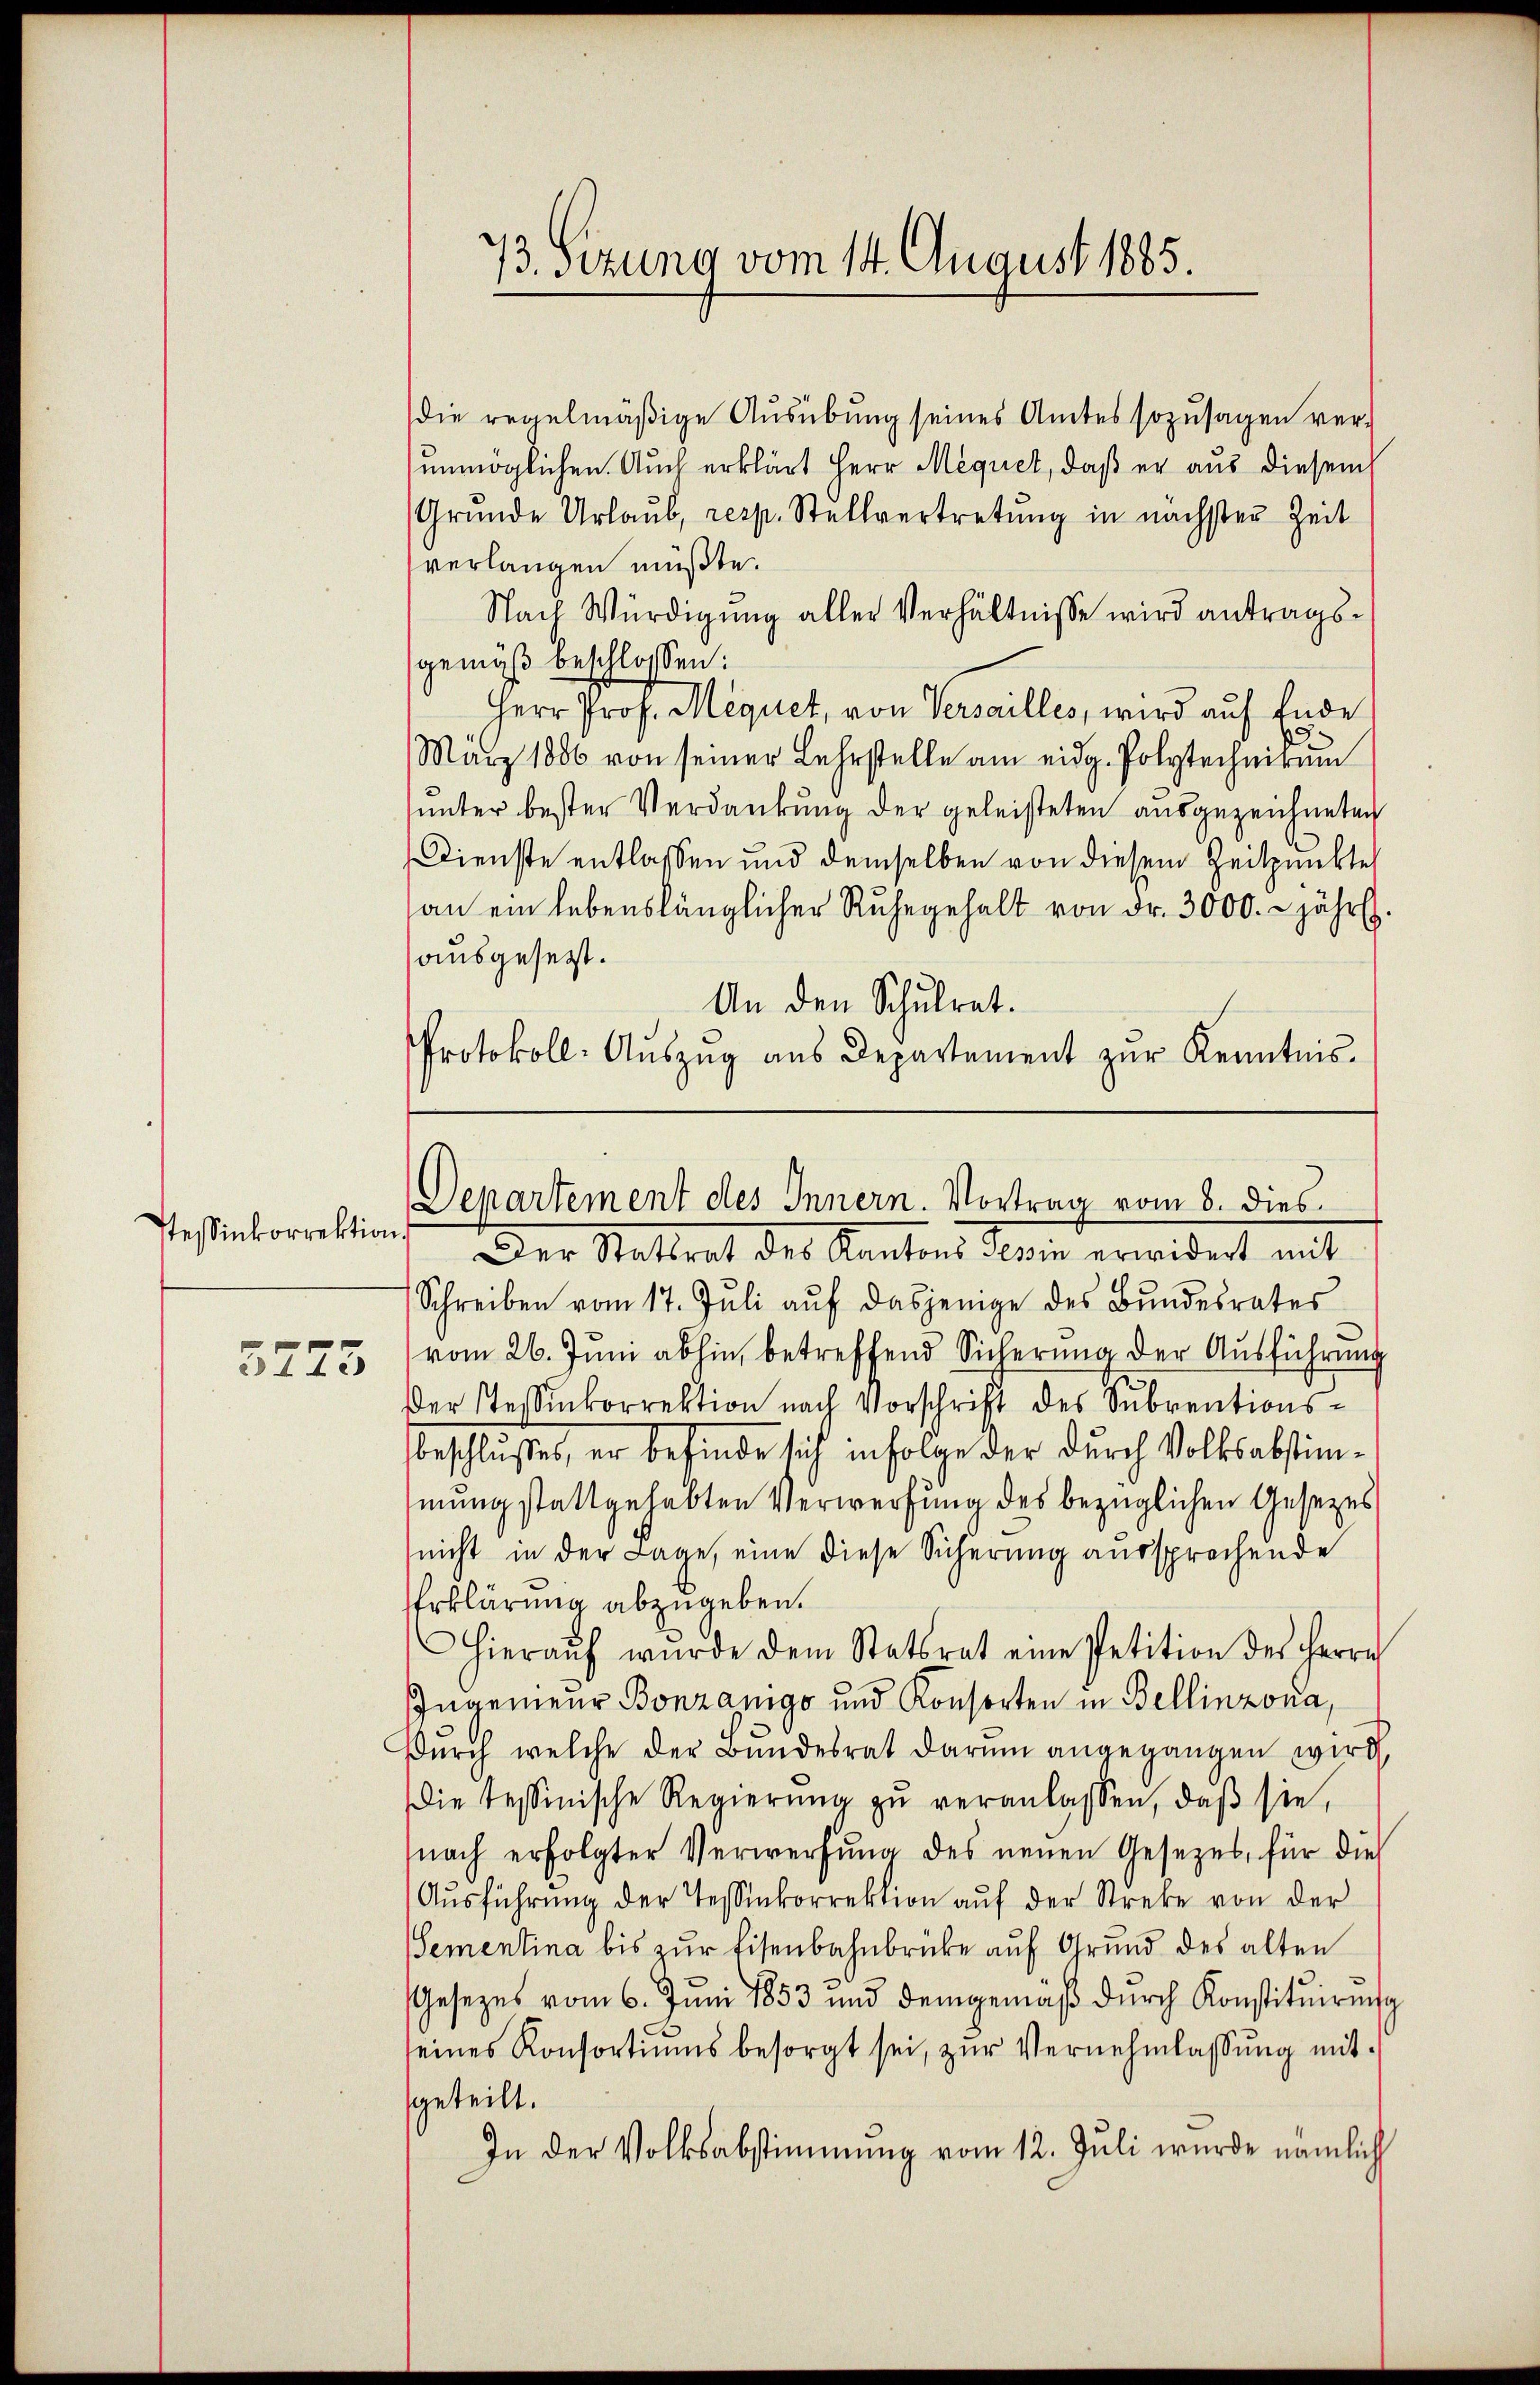
stessinkorrektion.
3775

die regelmäßige Ausübung seines Amtes sozusagen ver-
unmöglichen. Auch erklärt Herr Mequet, daß er aus diesem
Gründe Urlaŭb, resp. Stellvertretŭng in nächster Zeit
verlangen müßte.
Nach Würdigung aller Verhältnisse wird antragsgemäß beschlossen:
Herr Prof. Mequet, von Versailles, wird auf Ende
März 1806 von seiner Lehrstelle am eidg. Polytechnirun
sunter bester Verdankung der geleisteten ausgezeichneten
Dienste entlassen und demselben von diesem Zeitpunkte
an ein lebenslänglicher Ruhegehalt von Fr. 3000. jährl.
ausgesezt.
An den Schulrat.
Protokoll-Aŭszŭg aŭs Departement zŭr Kenntnis.

73. Sizung vom 14. August 1885.

Departement des Innern. Vortrag vom 8. dies

Der Stattrat des Kantons derin erwidert mit
Schreiben vom 17. Juli auf dasjenige des Bundesrates
vom 26. Juni abhin, betreffend Sicherung der Ausführung
der Tessinkorrektion nach Vorschrift des Subventions-
beschlusse, er befinde sich infolge der durch Volksabstimmung stattgehabten Verwerfung des bezüglichen Gesetzes
nicht in der Lage, eine diese Sicherung aussprechende
Erklärung abzugeben.
Hieraŭf wurde dem Statsrat eine Petition des Herrn
Ingenieur Bonzanig und Konsorten in Bellinzona,
Dŭrch welche der Bundesrat darum angegangen wird
ie tessinische Regierŭng zŭ veranlassen, daβ sie,
nach erfolgter Verwerfŭng des neuen Gesetzes, für dies
Aŭsführŭng der Tessinkorrektion aŭf der Streke von der
Sementina bis zur Eisenbahnbrücke auf Grund des alten
Gesezes vom 6. Juni 1853 und demgemäβ dŭrch Konstitŭirŭng
seines Konsortiums besorgt sei, zŭr Vernehmlassŭng mit
geteilt.
In der Volksabstimmung vom 12. Juli wurde nämlich